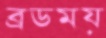
ব্রডময়